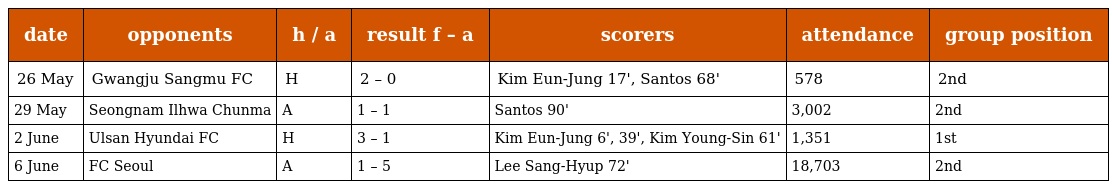
| date | opponents | h / a | result f – a | scorers | attendance | group position |
 | --- | --- | --- | --- | --- | --- | --- |
 | 26 May | Gwangju Sangmu FC | H | 2 – 0 | Kim Eun-Jung 17', Santos 68' | 578 | 2nd |
 | 29 May | Seongnam Ilhwa Chunma | A | 1 – 1 | Santos 90' | 3,002 | 2nd |
 | 2 June | Ulsan Hyundai FC | H | 3 – 1 | Kim Eun-Jung 6', 39', Kim Young-Sin 61' | 1,351 | 1st |
 | 6 June | FC Seoul | A | 1 – 5 | Lee Sang-Hyup 72' | 18,703 | 2nd |